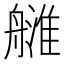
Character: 𦪉